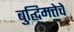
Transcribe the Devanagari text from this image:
बुद्घिमत्तेचे